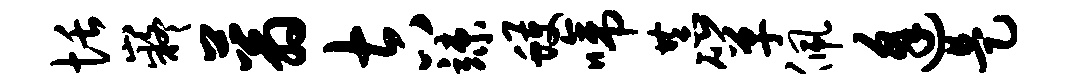
恬嶷蓊吉竦蠖啼恭箪佩逢是